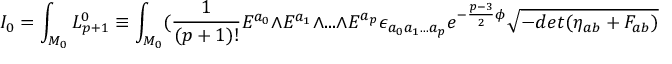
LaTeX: I _ { 0 } = \int _ { { \cal M } _ { 0 } } { \cal L } _ { p + 1 } ^ { 0 } \equiv \int _ { { \cal M } _ { 0 } } ( { \frac { 1 } { ( p + 1 ) ! } } E ^ { a _ { 0 } } \wedge E ^ { a _ { 1 } } \wedge . . . \wedge E ^ { a _ { p } } \epsilon _ { a _ { 0 } a _ { 1 } . . . a _ { p } } e ^ { - { \frac { p - 3 } { 2 } } \phi } \sqrt { - d e t ( \eta _ { a b } + F _ { a b } ) }